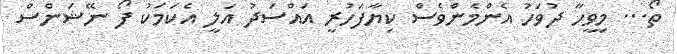
ތޯ... މިވީހާ ދުވަހު އެންމެންވެސް ކިޔާފަހުރީ އައްސަދު އަލީ އެކަމަކު ފޯ ނޭޝަންސް